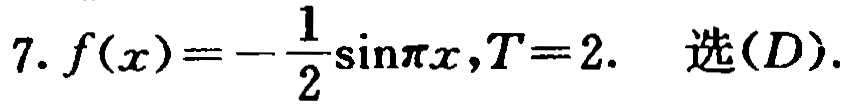
7. \(f(x)=-\frac{1}{2}\sin \pi x,T = 2.\) 选\((D)\).